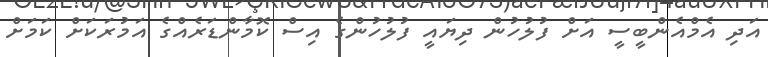
އަދި އެމްއެންބީސީ އަށް ފުލުހުން ދިޔައީ ފުލުހުންގެ އިސް ކޮމާންޑަރެއްގެ އަމުރަކަށް ކަމަށް